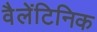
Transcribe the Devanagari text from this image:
वैलेंटिनिक